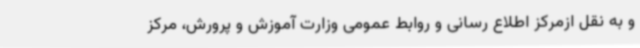
و به نقل ازمرکز اطلاع رسانی و روابط عمومی وزارت آموزش و پرورش، مرکز